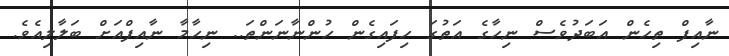
ނާއިފް ތިހެން އަބަދުވެސް ނިހާގެ އަތުގަ ހިފައިގެން ހުންނާނަންތަ.. ނިހާމާ ނާއިފްއަށް ބަލާލިއެވެ.